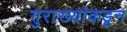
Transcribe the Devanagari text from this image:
गुराख्यांकडून